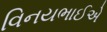
વિનયભાઈએ